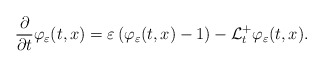
\begin{align*}\frac{\partial }{\partial t}\varphi _{\varepsilon }(t,x)=\varepsilon \left(\varphi _{\varepsilon }(t,x)-1\right) -\mathcal{L}_{t}^{+}\varphi_{\varepsilon }(t,x).\end{align*}